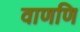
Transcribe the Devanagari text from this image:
वाणणि